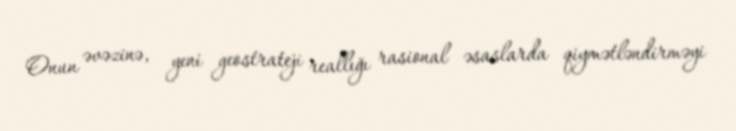
Onun əvəzinə, yeni geostrateji reallığı rasional əsaslarda qiymətləndirməyi